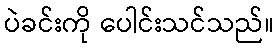
ပဲခင်းကို ပေါင်းသင်သည်။